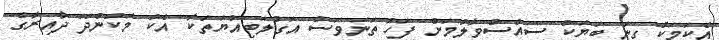
އެކަމަކު ގިނަ ބަޔަކު ސިއްސުވާލުމަށް ފަހު ތަނަވަސް އަގުލަބިއްޔަތަކާ އެކު މަކުނުދޫ ދާއިރާގެ